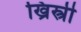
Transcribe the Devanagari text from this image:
ख्रिस्त्री